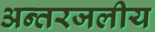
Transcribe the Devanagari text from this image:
अन्‍तरजलीय